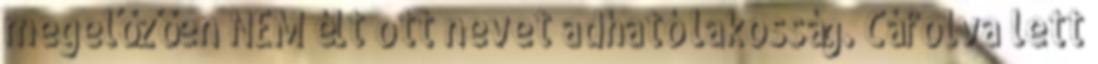
megelőzően NEM élt ott nevet adható lakosság. Cáfolva lett